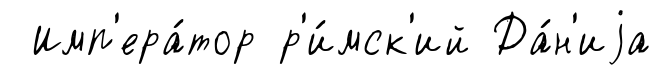
Имп'ера́тор р'и́мск'ий Да́н'иjа